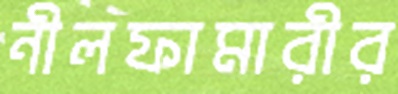
নীলফামারীর